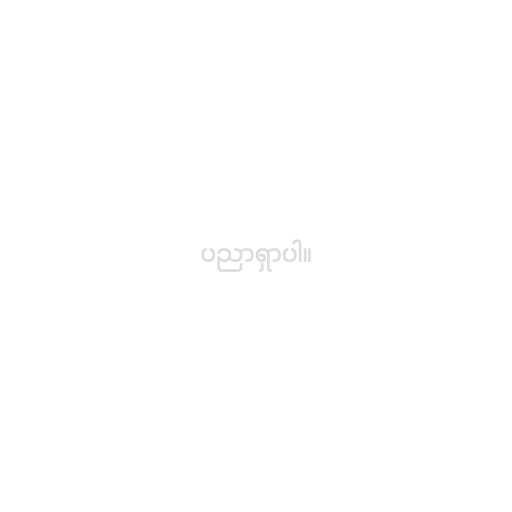
ပညာရှာပါ။